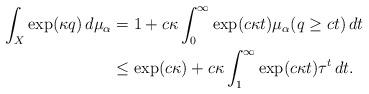
LaTeX: \begin{align*}\int_X \exp(\kappa q)\,d\mu_\alpha&= 1 + c\kappa\int_{0}^{\infty}\exp(c\kappa t)\mu_\alpha(q\ge ct)\,dt\\&\le \exp(c\kappa)+c\kappa\int_{1}^{\infty}\exp(c\kappa t)\tau^t\, dt.\end{align*}